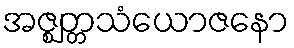
အဇ္ဈတ္တသံယောဇနော